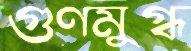
গুণমুগ্ধ